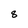
Character: 8